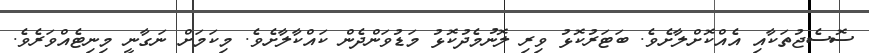
ސޮސެޖުތަކާއި އެއްކޮށްލާށެވެ. ބަޓަރުކޮޅު ވިރި ލޮނުމެދުކޮޅު މަޑުވަންދެން ކައްކާލާށެވެ. މިކަމަށް ނަގާނީ މިނިޓެއްވަރެވެ.